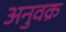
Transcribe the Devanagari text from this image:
अनुवक्र